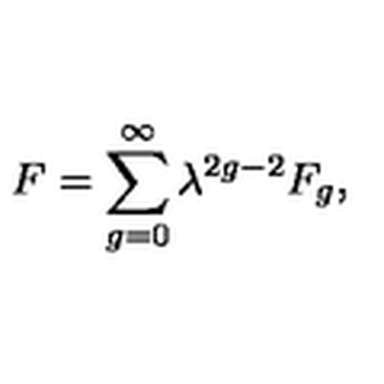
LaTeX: F = \sum _ { g = 0 } ^ { \infty } \lambda ^ { 2 g - 2 } F _ { g } ,